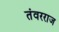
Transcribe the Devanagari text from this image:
तंवरराज